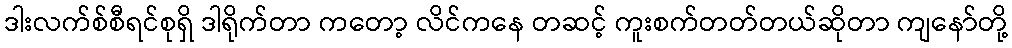
ဒါးလက်စ်စီရင်စုရှိ ဒါရိုက်တာ ကတော့ လိင်ကနေ တဆင့် ကူးစက်တတ်တယ်ဆိုတာ ကျနော်တို့